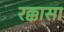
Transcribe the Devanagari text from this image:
रक्कासा